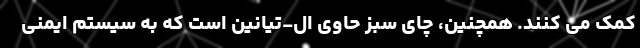
کمک می کنند. همچنین، چای سبز حاوی ال-تیانین است که به سیستم ایمنی